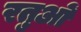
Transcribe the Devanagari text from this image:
रतुओं